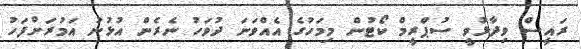
ރައީސް ވިދާޅުވީ ސުޕްރީމް ކޯޓުން މިމަހުގެ އެއްވަނަ ދުވަހު ނެރެން އުޅުނު އަމުރަށްފަހު